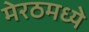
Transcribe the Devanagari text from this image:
मेरठमध्ये